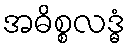
အဓိစ္စလဒ္ဓံ